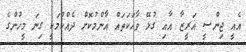
އެއީ ޖިންސީ ޣަރީޒާ އާއި ގުޅޭ ވާހަކަތައް އާންމުކޮށް ދެއްކުމަކީ ގިނަ މީހުންގެ